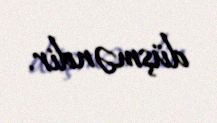
düşməndir.